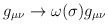
\begin{align*}g_{\mu \nu} \rightarrow \omega (\sigma ) g_{\mu \nu}\end{align*}